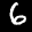
Label: 6